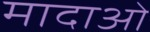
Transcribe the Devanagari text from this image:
मादाओ